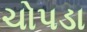
ચોપડા